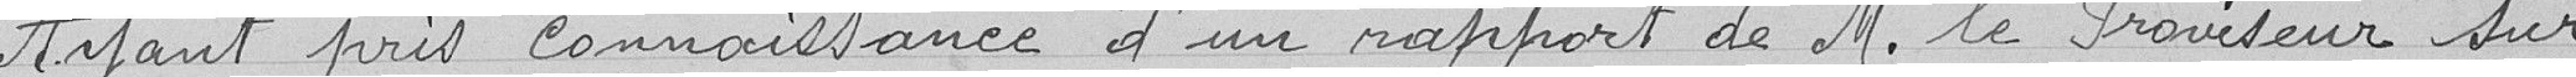
Ayant pris connaissance d'un rapport de M. le Proviseur sur